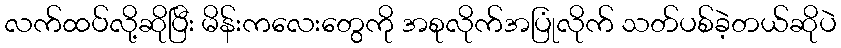
လက်ထပ်လို့ဆိုပြီး မိန်းကလေးတွေကို အစုလိုက်အပြုံလိုက် သတ်ပစ်ခဲ့တယ်ဆိုပဲ